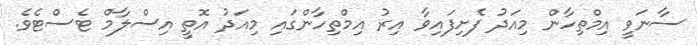
ސާނަވީ އިމްތިހާން މިއަދު ފެށިފައިވާ އިރު އިމްތިހާންގައި މިއަދު އޮތީ އިސްލާމް ޓެސްޓެވެ.